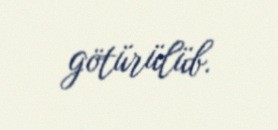
götürülüb.